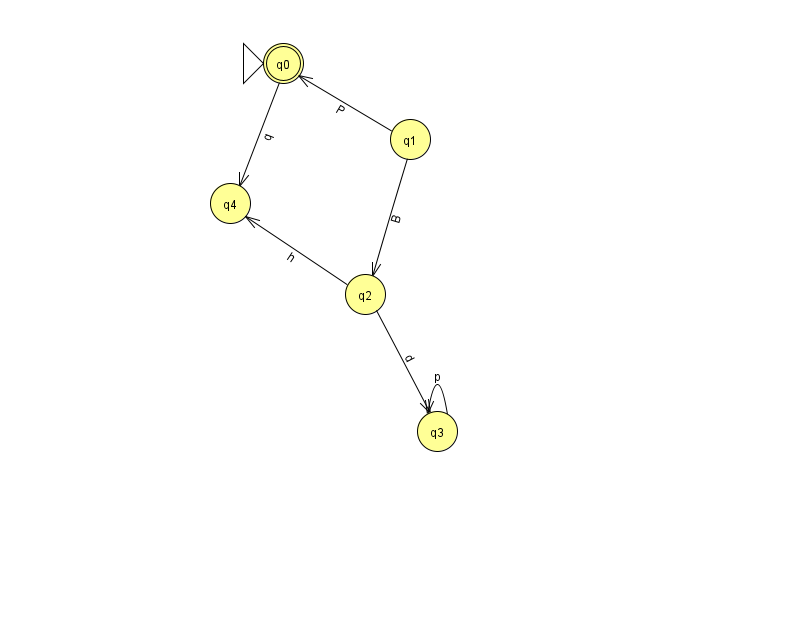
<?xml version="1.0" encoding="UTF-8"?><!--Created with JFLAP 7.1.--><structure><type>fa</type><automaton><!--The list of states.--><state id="0" name="q0"><x>283.0</x><y>50.0</y><initial/><final/></state><state id="1" name="q1"><x>410.0</x><y>126.0</y></state><state id="2" name="q2"><x>365.0</x><y>281.0</y></state><state id="3" name="q3"><x>437.0</x><y>418.0</y></state><state id="4" name="q4"><x>230.0</x><y>190.0</y></state><!--The list of transitions.--><transition><from>3</from><to>3</to><read>p</read></transition><transition><from>2</from><to>3</to><read>d</read></transition><transition><from>1</from><to>0</to><read>P</read></transition><transition><from>0</from><to>4</to><read>q</read></transition><transition><from>2</from><to>4</to><read>h</read></transition><transition><from>1</from><to>2</to><read>B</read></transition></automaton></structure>